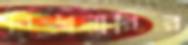
বিশ্বমারির